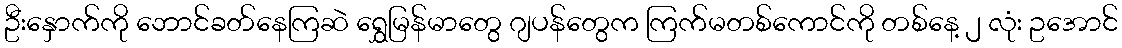
ဦးနှောက်ကို ဘောင်ခတ်နေကြဆဲ ရွှေမြန်မာတွေ ဂျပန်တွေက ကြက်မတစ်ကောင်ကို တစ်နေ့ ၂ လုံး ဥအောင်